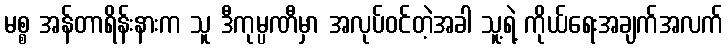
မစ္စ အန်တာရိန်းနားက သူ ဒီကုမ္ပဏီမှာ အလုပ်ဝင်တဲ့အခါ သူ့ရဲ့ ကိုယ်ရေးအချက်အလက်